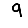
Digit: 9